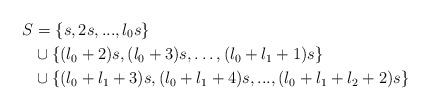
LaTeX: \begin{align*}S &=\{s, 2s, ..., l_0s\} \\&\cup \{(l_0+2)s,(l_0+3)s,\ldots, (l_0+l_1+1)s\} \\&\cup \{(l_0+l_1+3)s,(l_0+l_1+4)s,...,(l_0+l_1+l_2+2)s \}\end{align*}